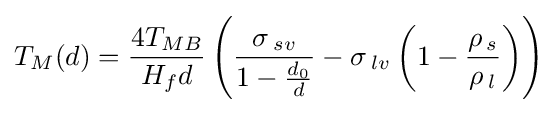
T_{M}(d)={\frac {4T_{MB}}{H_{f}d}}\left({\frac {\sigma \,_{sv}}{1-{\frac {d_{0}}{d}}}}-\sigma \,_{lv}\left(1-{\frac {\rho \,_{s}}{\rho \,_{l}}}\right)\right)